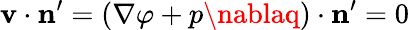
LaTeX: \boldsymbol{\mathbf{v}}\cdot\mathbf{{n}}^{\prime}=\left({\nabla\varphi+p\nablaq}\right)\cdot\mathbf{{n}}^{\prime}=0